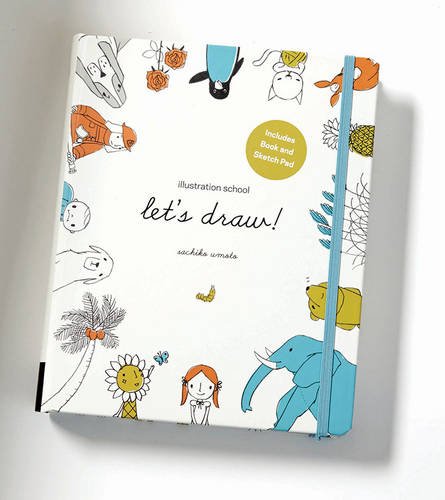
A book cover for Illustration School: Let's Draw! (Includes Book and Sketch Pad): A Kit with Guided Book and Sketch Pad for Drawing Happy People, Cute Animals, and Plants and Small Creatures; Sachiko Umoto; Comics & Graphic Novels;